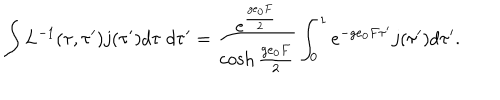
\int L ^ { - 1 } ( \tau , \tau ^ { \prime } ) j ( \tau ^ { \prime } ) d \tau \; d \tau ^ { \prime } = \frac { e ^ { \frac { g e _ { 0 } F } { 2 } } } { \cosh \frac { g e _ { 0 } F } { 2 } } \int _ { 0 } ^ { 1 } e ^ { - g e _ { 0 } F \tau ^ { \prime } } j ( \tau ^ { \prime } ) d \tau ^ { \prime } .